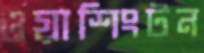
ওয়াশিংটন